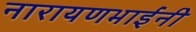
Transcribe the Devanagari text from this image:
नारायणभाईंनी